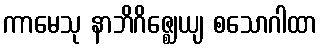
ကာမေသု နာဘိဂိဇ္ဈေယျ စသောဂါထာ